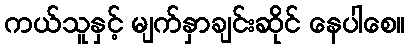
ကယ်သူနှင့် မျက်နှာချင်းဆိုင် နေပါစေ။